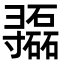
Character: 𫴷